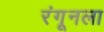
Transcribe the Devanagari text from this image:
रंगूनला